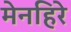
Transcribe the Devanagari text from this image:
मेनहिरे